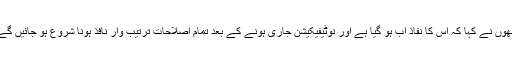
انھوں نے کہا کہ اس کا نفاذ اب ہو گیا ہے اور نوٹیفیکیشن جاری ہونے کے بعد تمام اصلاحات ترتیب وار نافذ ہونا شروع ہو جائیں گے۔